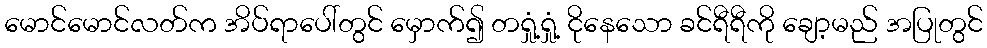
မောင်မောင်လတ်က အိပ်ရာပေါ်တွင် မှောက်၍ တရှုံ့ရှုံ့ ငိုနေသော ခင်ရီရီကို ချော့မည် အပြုတွင်